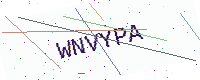
Text: WNVYPA